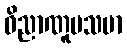
ဝိညာဏူပသမာ